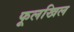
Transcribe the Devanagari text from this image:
फूलखिल